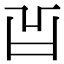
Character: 𠙿